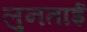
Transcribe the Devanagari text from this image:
लुनताई